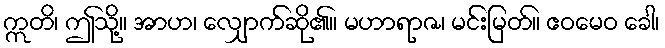
ဣတိ၊ ဤသို့။ အာဟ၊ လျှောက်ဆို၏။ မဟာရာဇ၊ မင်းမြတ်။ ဧဝမေဝ ခေါ၊